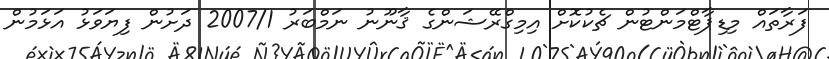
ފަރާތައް މިޑިޕާޓްމަންޓުން ޗެކުކޮށް އިމިގްރޭޝަންގެ ޤާނޫނު ނަމްބަރު 2007/1 ދަށުން ފިޔަވަޅު އަޅަމުން